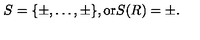
S = \{ \pm , \dots , \pm \} , \mathrm { o r } S ( R ) = \pm .